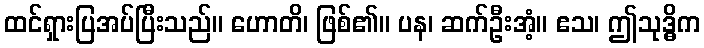
ထင်ရှားပြအပ်ပြီးသည်။ ဟောတိ၊ ဖြစ်၏။ ပန၊ ဆက်ဦးအံ့။ ဧသ၊ ဤသုဒ္ဓိက